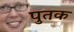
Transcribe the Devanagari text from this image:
पुतक